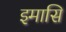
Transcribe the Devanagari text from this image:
इमासि